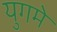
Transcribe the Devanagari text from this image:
युगमे